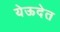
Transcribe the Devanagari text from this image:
येऊदेत